Report on vaccination North-West Frontier Province 1904-1922 - 1904-1922
Year: 1904
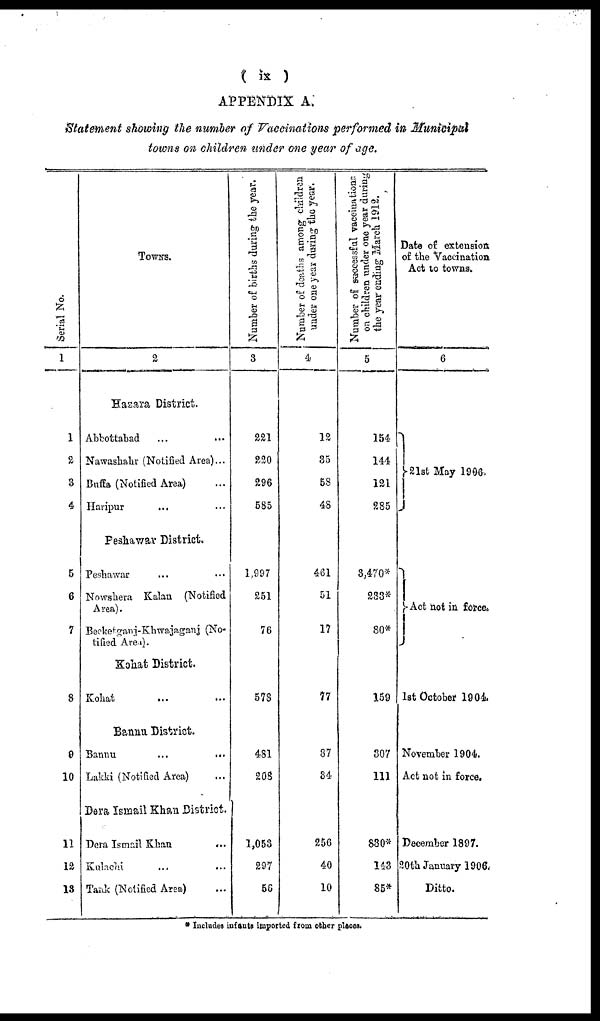
( ix )
APPENDIX A.
Statement showing the number of Vaccinations performed in Municipal
towns on children under one year of age.
Serial No.
1
1
2
3
4
5
6
7
8
9
10
11
12
13
TOWNS.
2
Hazara District.
Abbottabad ... ...
Nawashahr (Notified Area) ...
Buffa (Notified Area) ...
Haripur ... ...
Peshawar District.
Peshawar ... ...
Nowshera Kalan (Notified
Area).
Becketganj-Khwajaganj (No-
tified Area).
Kohat District.
Kohat
...
...
Bannu District.
Bannu ... ...
Lakki (Notified Area) ...
Dera Ismail Khan District.
Dera Ismail Khan
...
Kulachi ... ...
Tank (Notified Area) ...
Number of births during the year.
3
221
220
296
585
1,997
251
76
578
481
208
1,053
297
56
Number of deaths among children
under one year during the year.
4
12
35
58
48
461
51
17
77
37
34
256
40
10
Number of successful vaccinations
on children under one year during
the year ending March 1912.
5
154
144
121
285
3,470*
233*
80*
159
307
111
830*
143
85*
Date of extension
of the Vaccination
Act to towns.
6
21st May 1906.
Act not in force.
1st October 1904.
November 1904.
Act not in force.
December 1897.
20th January 1906.
Ditto.
* Includes infants imported from other places.